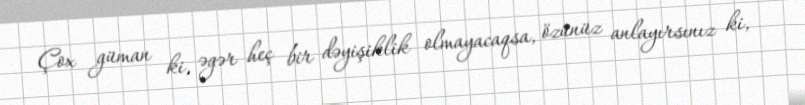
Çox güman ki, əgər heç bir dəyişiklik olmayacaqsa, özünüz anlayırsınız ki,